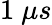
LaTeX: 1~\mu s